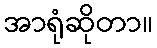
အာရုံဆိုတာ။